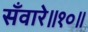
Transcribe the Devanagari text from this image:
सँवारे॥१०॥